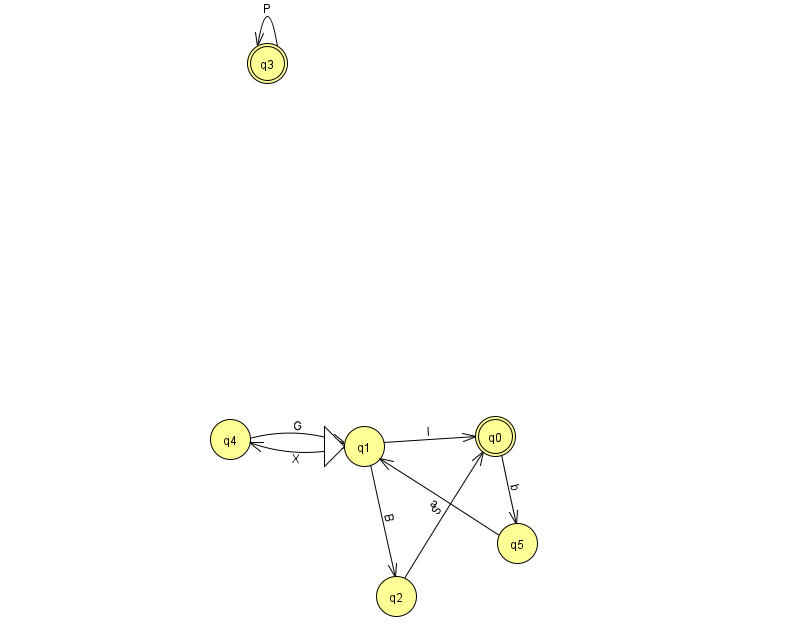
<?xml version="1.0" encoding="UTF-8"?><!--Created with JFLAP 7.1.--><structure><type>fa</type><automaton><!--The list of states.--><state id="0" name="q0"><x>495.0</x><y>423.0</y><final/></state><state id="1" name="q1"><x>364.0</x><y>433.0</y><initial/></state><state id="2" name="q2"><x>396.0</x><y>583.0</y></state><state id="3" name="q3"><x>267.0</x><y>50.0</y><final/></state><state id="4" name="q4"><x>230.0</x><y>426.0</y></state><state id="5" name="q5"><x>517.0</x><y>530.0</y></state><!--The list of transitions.--><transition><from>3</from><to>3</to><read>P</read></transition><transition><from>0</from><to>5</to><read>b</read></transition><transition><from>1</from><to>4</to><read>X</read></transition><transition><from>2</from><to>0</to><read>S</read></transition><transition><from>1</from><to>0</to><read>l</read></transition><transition><from>5</from><to>1</to><read>a</read></transition><transition><from>4</from><to>1</to><read>G</read></transition><transition><from>1</from><to>2</to><read>B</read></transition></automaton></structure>